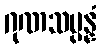
ဂုဏသမ္ပန္နံ